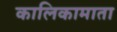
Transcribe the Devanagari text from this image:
कालिकामाता